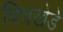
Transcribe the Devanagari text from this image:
विचखेडे